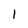
Character: l